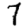
Digit: 7